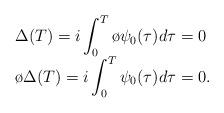
LaTeX: \begin{align*}\begin{array}{l}\Delta(T)=i\displaystyle\int_{0}^{T}\o{\psi}_{0}(\tau)d\tau = 0 \\\o{\Delta}(T)=i\displaystyle\int_{0}^{T}\psi_{0}(\tau)d\tau = 0.\end{array}\end{align*}